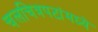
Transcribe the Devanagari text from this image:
चलचित्रपटांमध्ये